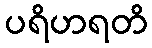
ပရိဟရတိ